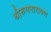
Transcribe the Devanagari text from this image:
श्रीरूपनारायण